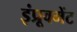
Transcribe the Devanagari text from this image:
इंप्रूवमेंट